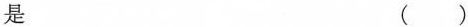
是 （）